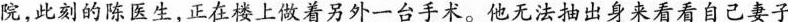
院，此刻的陈医生，正在检上着另外一台手术。他无法抽出身来看看自己妻子